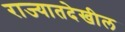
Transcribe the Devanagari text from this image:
राज्यातदेखील